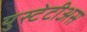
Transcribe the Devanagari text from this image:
युस्टेटीअस